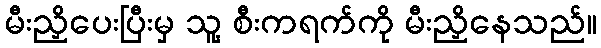
မီးညှိပေးပြီးမှ သူ့ စီးကရက်ကို မီးညှိနေသည်။